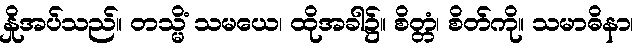
နှိုအပ်သည်။ တသ္မိံ သမယေ၊ ထိုအခါ၌။ စိတ္တံ၊ စိတ်ကို။ သမာဓိနာ၊